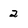
Character: 2